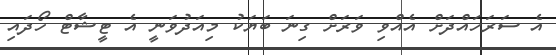
އެ ސަރަހައްދަށް އެއްވި ވަރަށް ގިނަ ބަޔަކު މިއަދުވަނީ އެ ޓީޝާޓް ހޯދައި